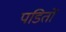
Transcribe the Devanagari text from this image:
पडितों